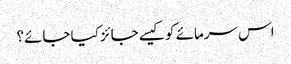
اس سرمائے کو کیسے جائز کیا جائے؟